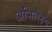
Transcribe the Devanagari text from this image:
अभिलक्ष्य